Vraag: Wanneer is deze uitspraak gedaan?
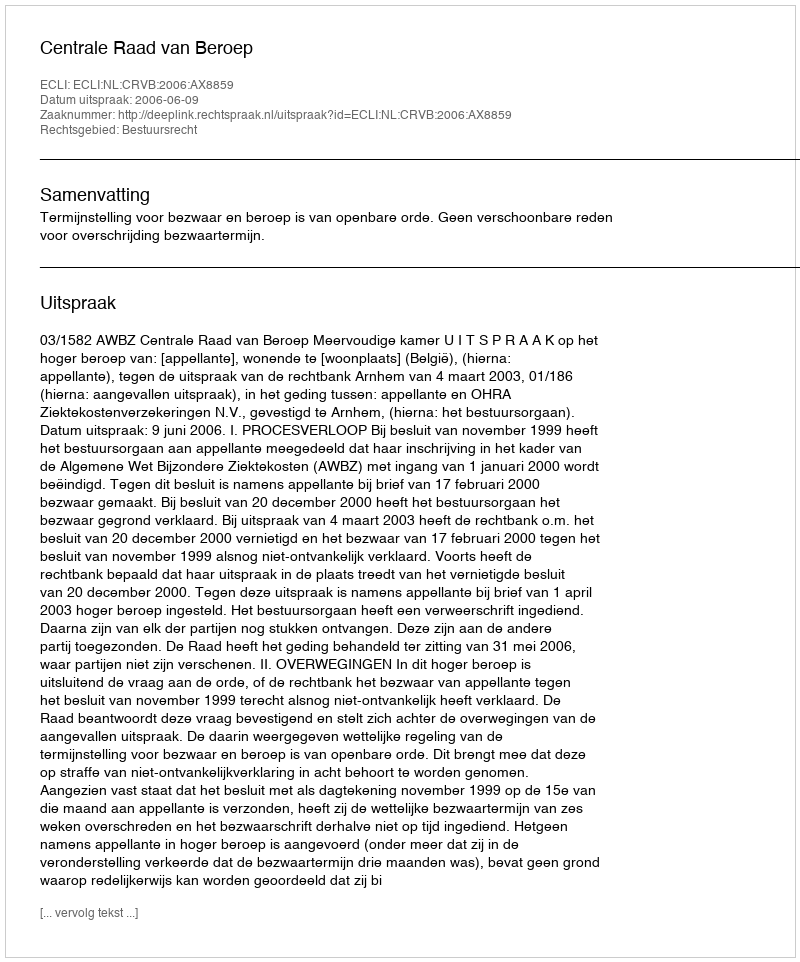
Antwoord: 2006-06-09